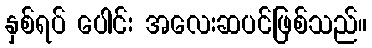
နှစ်ရပ် ပေါင်း အလေးဆပင်ဖြစ်သည်။